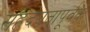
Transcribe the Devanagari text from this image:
सह्रदयतापूर्वक